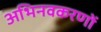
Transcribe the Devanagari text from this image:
अभिनवकरणों